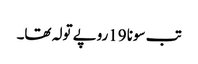
تب سونا 19روپے تولہ تھا۔